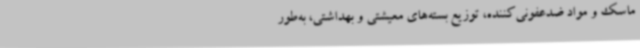
ماسک و مواد ضدعفونی‌کننده، توزیع بسته‌های معیشتی و بهداشتی، به‌طور